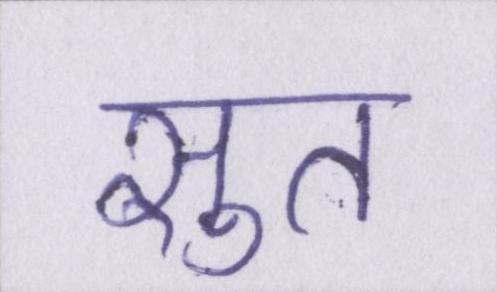
सुत